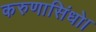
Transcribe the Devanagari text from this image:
करुणासिंधो।